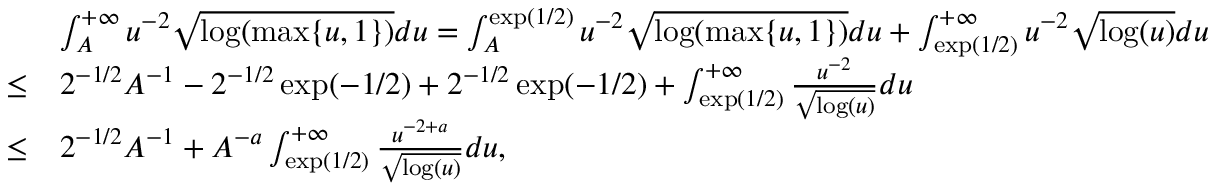
\begin{array} { r l } & { \int _ { A } ^ { + \infty } u ^ { - 2 } \sqrt { \log ( \operatorname* { m a x } \{ u , 1 \} ) } d u = \int _ { A } ^ { \exp ( 1 / 2 ) } u ^ { - 2 } \sqrt { \log ( \operatorname* { m a x } \{ u , 1 \} ) } d u + \int _ { \exp ( 1 / 2 ) } ^ { + \infty } u ^ { - 2 } \sqrt { \log ( u ) } d u } \\ { \leq } & { 2 ^ { - 1 / 2 } A ^ { - 1 } - 2 ^ { - 1 / 2 } \exp ( - 1 / 2 ) + 2 ^ { - 1 / 2 } \exp ( - 1 / 2 ) + \int _ { \exp ( 1 / 2 ) } ^ { + \infty } \frac { u ^ { - 2 } } { \sqrt { \log ( u ) } } d u } \\ { \leq } & { 2 ^ { - 1 / 2 } A ^ { - 1 } + A ^ { - a } \int _ { \exp ( 1 / 2 ) } ^ { + \infty } \frac { u ^ { - 2 + a } } { \sqrt { \log ( u ) } } d u , } \end{array}